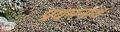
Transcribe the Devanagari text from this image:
प्रथमनाथ